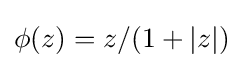
\phi (z)=z/(1+|z|)